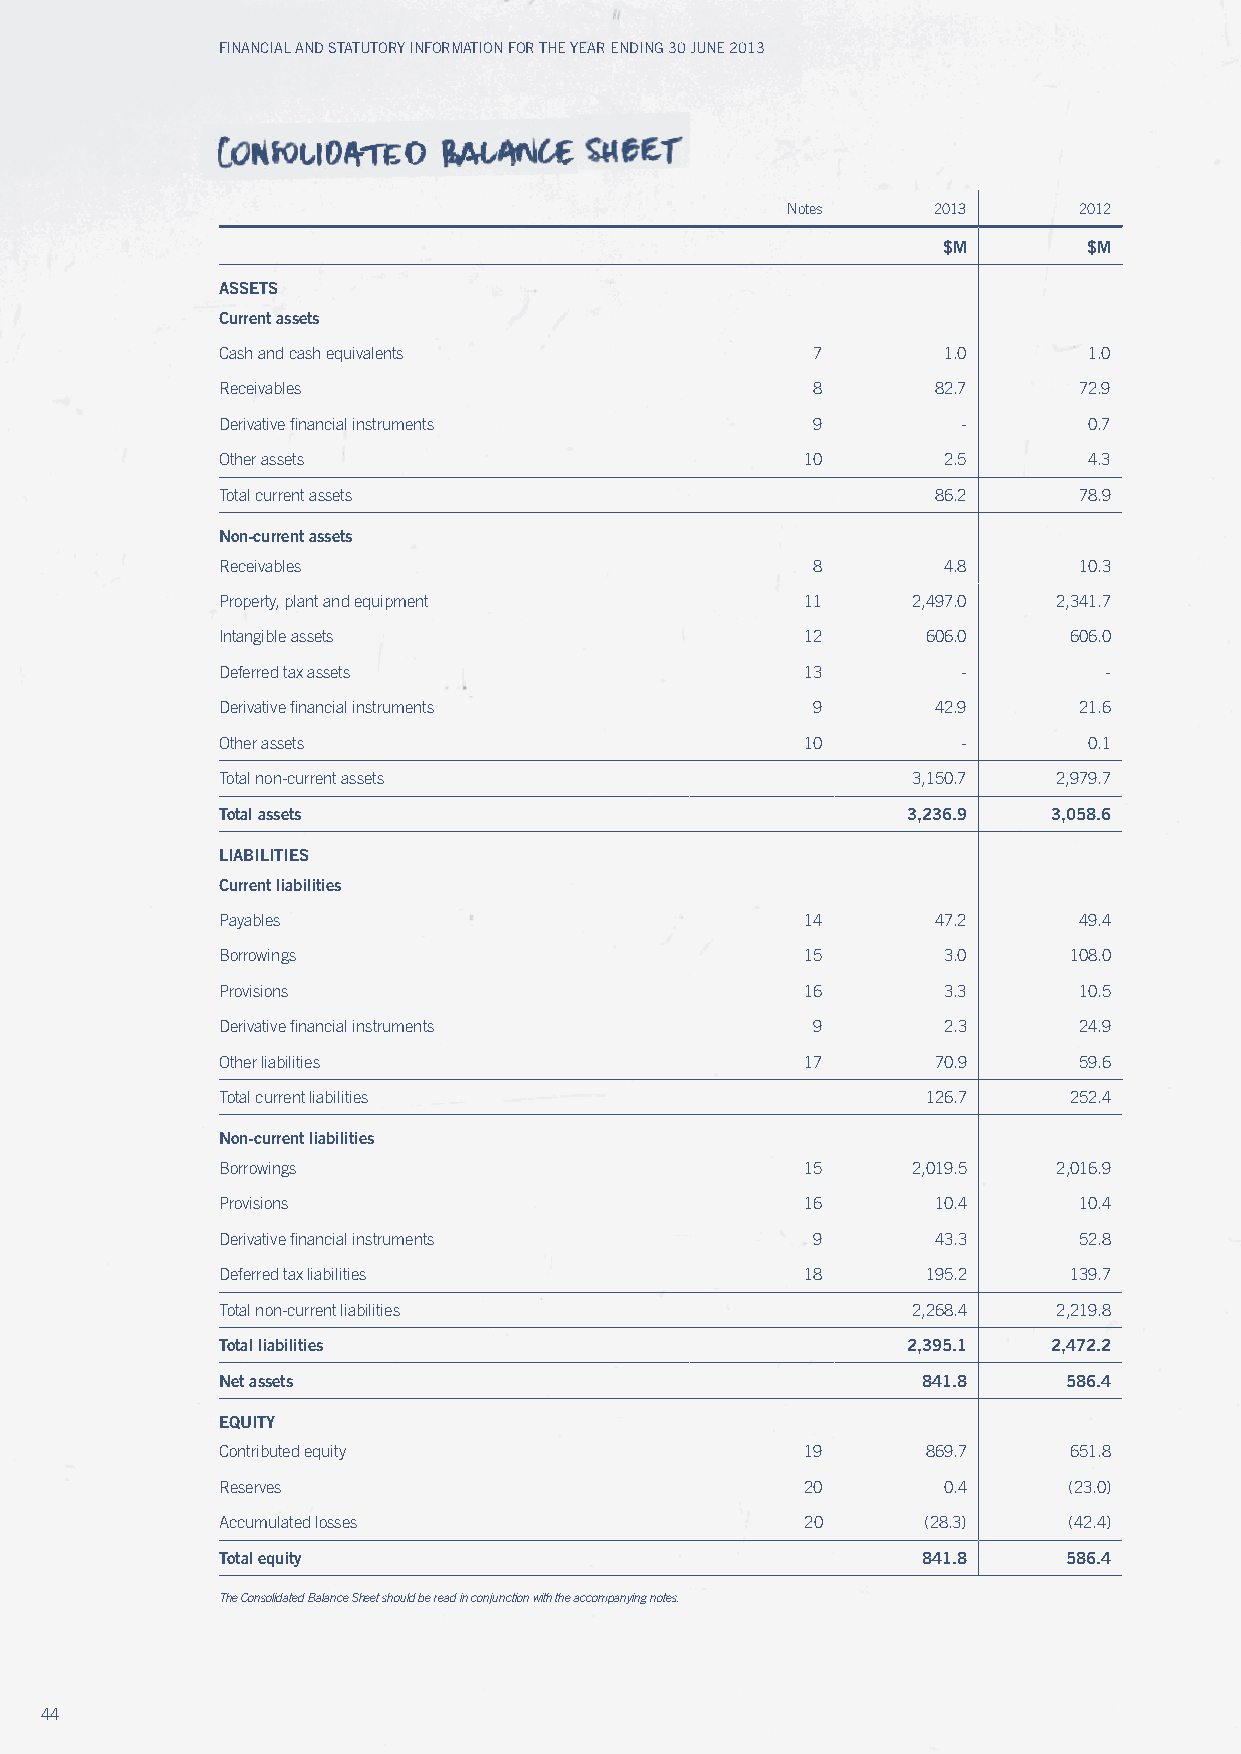
Financial and Statutory inFormation For the year ending 30 June 2013
 Notes     2013     2012
 $M        $M
 ASSETS
 Current assets
 Cash and cash equivalents               7       1.0       1.0
 Receivables                             8       82.7     72.9
 Derivative financial instruments        9         -       0.7
 Other assets                           10       2.5       4.3
 Total current assets                            86.2     78.9
 Non-current assets
 Receivables                             8       4.8      10.3
 Property, plant and equipment          11     2,497.0   2,341.7
 Intangible assets                      12      606.0     606.0
 Deferred tax assets                    13         -        -
 Derivative financial instruments        9       42.9     21.6
 Other assets                           10         -       0.1
 Total non-current assets                      3,150.7   2,979.7
 Total assets                                  3,236.9   3,058.6
 LIABILITIES
 Current liabilities
 Payables                               14       47.2     49.4
 Borrowings                             15       3.0      108.0
 Provisions                             16       3.3      10.5
 Derivative financial instruments        9       2.3      24.9
 Other liabilities                      17       70.9     59.6
 Total current liabilities                      126.7     252.4
 Non-current liabilities
 Borrowings                             15     2,019.5   2,016.9
 Provisions                             16       10.4     10.4
 Derivative financial instruments        9       43.3     52.8
 Deferred tax liabilities               18      195.2     139.7
 Total non-current liabilities                 2,268.4   2,219.8
 Total liabilities                             2,395.1   2,472.2
 Net assets                                     841.8     586.4
 EQuITY
 Contributed equity                     19      869.7     651.8
 Reserves                               20       0.4      (23.0)
 Accumulated losses                     20      (28.3)    (42.4)
 Total equity                                   841.8     586.4
 the Consolidated Balance sheet should be read in conjunction with the accompanying notes.
 44